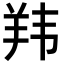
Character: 𬙭